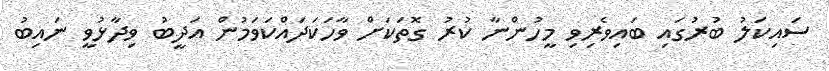
ސައިކަލު ބުރުގައި ބައިވެރިވި މީހުންނާ ކުރު ގޮތަކަށް ވާހަކަދައްކަވަމުން އަދީބު ވިދާޅުވީ ނައިބު